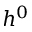
h ^ { 0 }